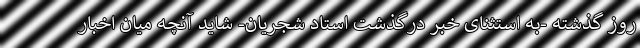
روز گذشته -به استثنای خبر درگذشت استاد شجریان- شاید آنچه میان اخبار